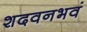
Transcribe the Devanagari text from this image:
शदवनभवं